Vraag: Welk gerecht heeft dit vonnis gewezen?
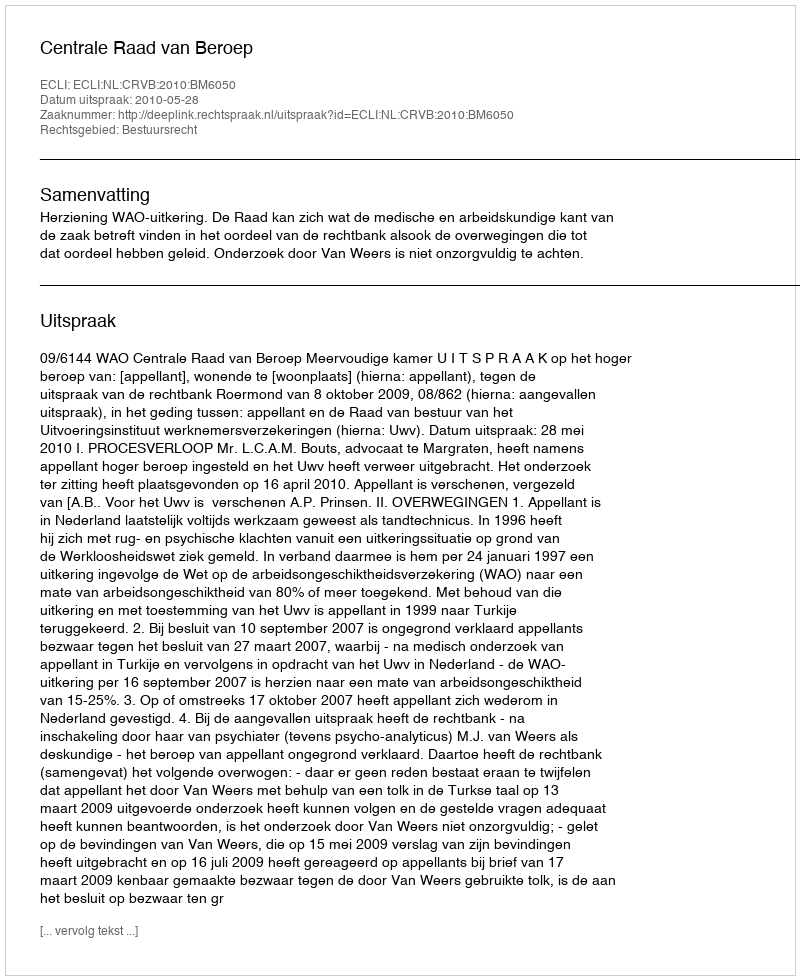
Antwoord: Centrale Raad van Beroep